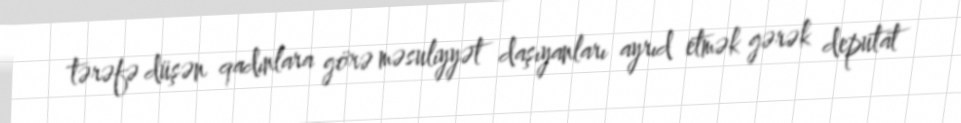
tərəfə düşən qadınlara görə məsuliyyət daşıyanları ayrıd etmək gərək deputat